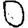
Digit: 0